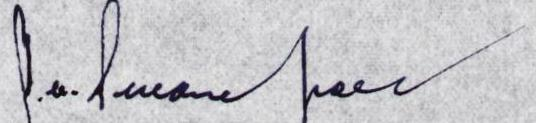
J.N. Swanepoel